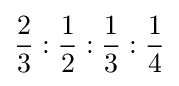
{\frac {2}{3}}:{\frac {1}{2}}:{\frac {1}{3}}:{\frac {1}{4}}